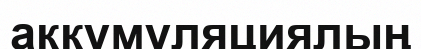
аккумуляциялың